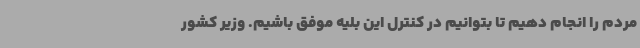
مردم را انجام دهیم تا بتوانیم در کنترل این بلیه موفق باشیم. وزیر کشور